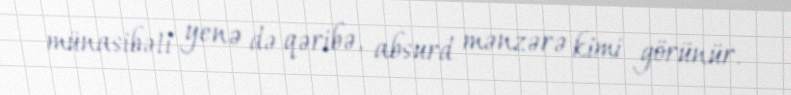
münasibəti yenə də qəribə, absurd mənzərə kimi görünür.